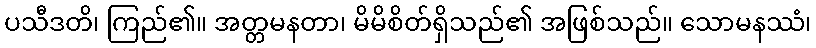
ပသီဒတိ၊ ကြည်၏။ အတ္တမနတာ၊ မိမိစိတ်ရှိသည်၏ အဖြစ်သည်။ သောမနဿံ၊